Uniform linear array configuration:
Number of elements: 24
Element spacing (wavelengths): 0.25
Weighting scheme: uniform
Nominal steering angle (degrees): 30
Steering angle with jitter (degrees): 31.888
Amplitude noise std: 0.05
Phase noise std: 0.05

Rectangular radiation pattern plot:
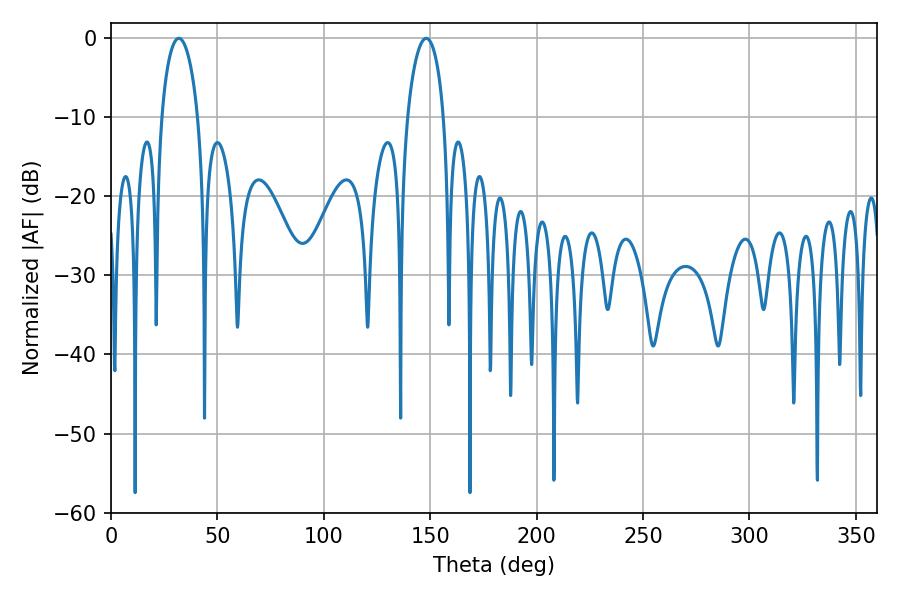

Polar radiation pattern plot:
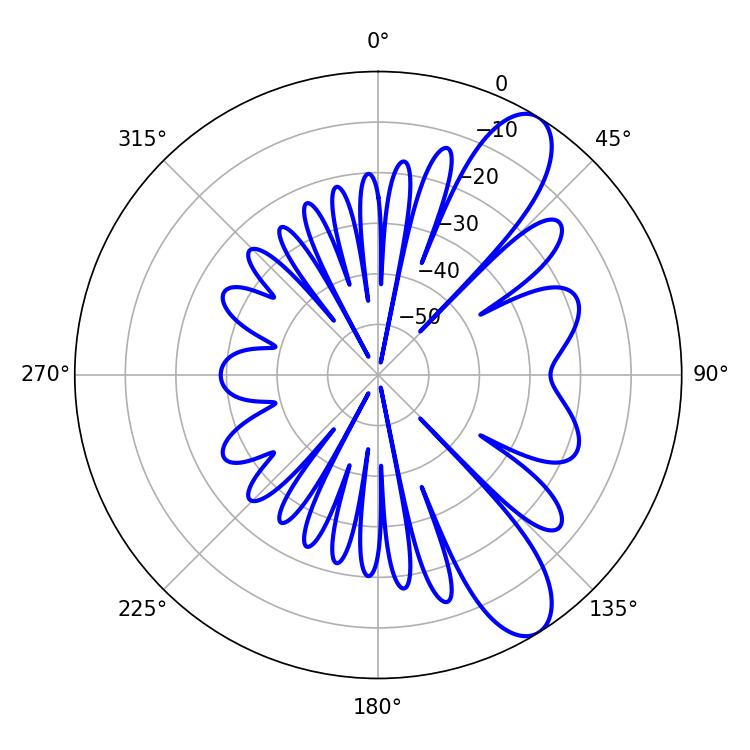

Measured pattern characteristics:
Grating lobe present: FALSE
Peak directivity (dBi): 9.869
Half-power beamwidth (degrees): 9.72
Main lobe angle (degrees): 31.86